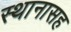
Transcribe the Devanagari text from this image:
स्थानासह